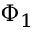
\Phi _ { 1 }